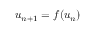
u _ { n + 1 } = f ( u _ { n } )